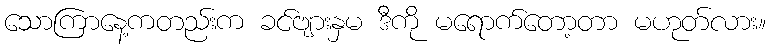
သောကြာနေ့ကတည်းက ခင်ဗျားနှမ ဒီကို မရောက်တော့တာ မဟုတ်လား။